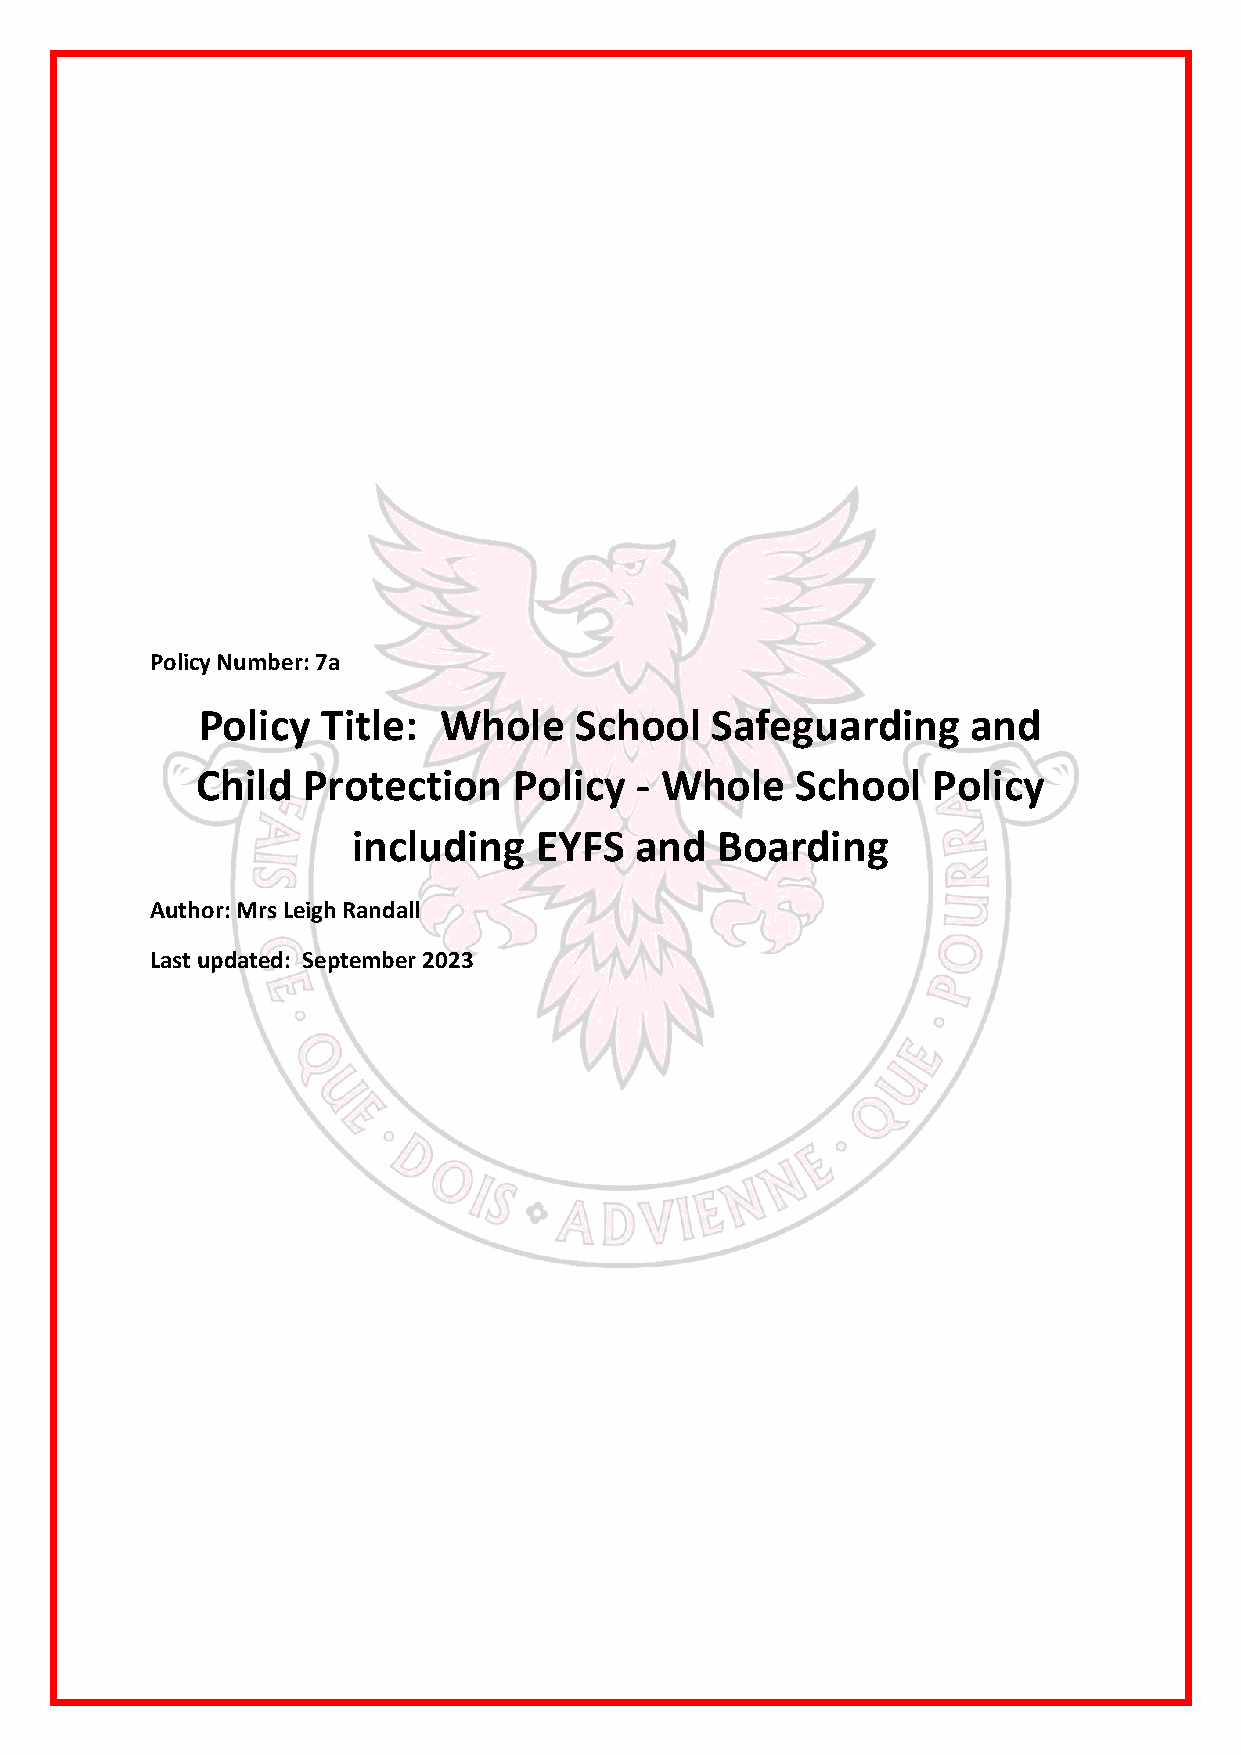
Policy Number: 7a
 Policy  Title:  Whole    School   Safeguarding     and
 Child  Protection    Policy  - Whole    School   Policy
 including   EYFS   and  Boarding
 Author: Mrs Leigh Randall
 Last updated: September 2023